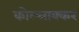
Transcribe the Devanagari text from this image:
कोल्लाक्कर